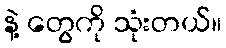
နဲ့ တွေကို သုံးတယ်။